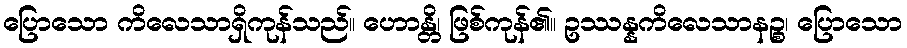
ပြောသော ကိလေသာရှိကုန်သည်။ ဟောန္တိ၊ ဖြစ်ကုန်၏။ ဥဿန္နကိလေသာနဉ္စ၊ ပြောသော